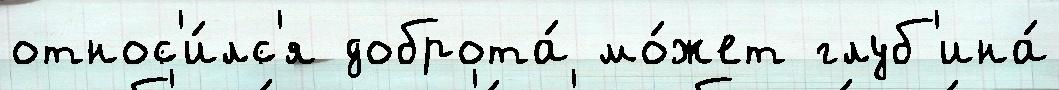
относ'и́лс'я доброта́ мо́жет глуб'ина́